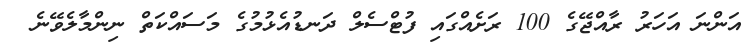
އަންނަ އަހަރު ރާއްޖޭގެ 100 ރަށެއްގައި ފުޓްސެލް ދަނޑުއެޅުމުގެ މަސައްކަތް ނިންމާލެވޭނެ